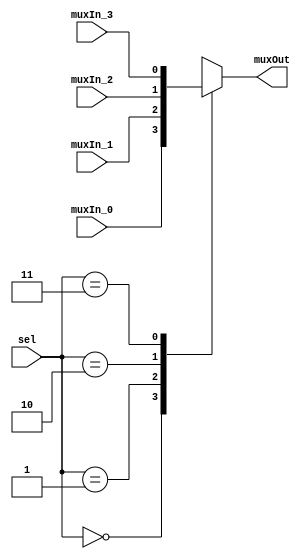
/******************************************************************************
 **                                                                          **
 ** Component : Multiplexer_4                                                **
 ** Functionality: 4-to-1 multiplexer                                        **
 ** Refactored 03.12.2023 Ronny Hansen                                       **
 *****************************************************************************/

module Multiplexer_4(
    input wire muxIn_0,
    input wire muxIn_1,
    input wire muxIn_2,
    input wire muxIn_3,
    input wire [1:0] sel,
    output reg muxOut
);

    // Combinational logic to select the output based on 'sel'
    always @(*) begin
        case(sel)
            2'b00: muxOut = muxIn_0; // Select input 0
            2'b01: muxOut = muxIn_1; // Select input 1
            2'b10: muxOut = muxIn_2; // Select input 2
            2'b11: muxOut = muxIn_3; // Select input 3
            default: muxOut = 1'bx;  // Undefined state
        endcase
    end
endmodule